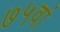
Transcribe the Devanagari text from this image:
७५वां